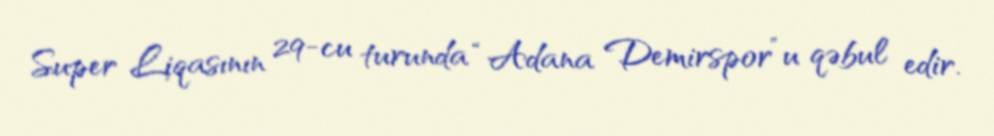
Super Liqasının 29-cu turunda “Adana Demirspor”u qəbul edir.